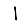
Digit: 1